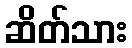
ဆိတ်သား